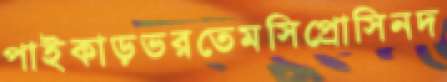
পাইকাড়ভরতেমসিপ্রোসিনদ